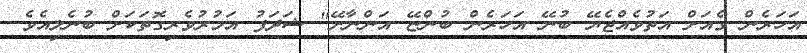
އަހަރެން ގެއަށް އަތުވެއްޖެޔޭ ބުނޭ އަހަރެން ބުންޏޭ އަންނާށޭ" ޝަދަފު އަމުރުވެރިގޮތަކަށް ބުނެލިއެވެ.